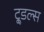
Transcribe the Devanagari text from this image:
टू्डल्स